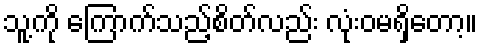
သူ့ကို ကြောက်သည့်စိတ်လည်း လုံးဝမရှိတော့။